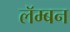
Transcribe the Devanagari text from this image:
लॅम्बन